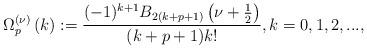
LaTeX: \begin{align*}\Omega _{p}^{\left( \nu \right) }\left( k\right) :=\frac{(-1)^{k+1} B_{2(k+p+1)}\left(\nu+\frac{1}{2}\right)}{(k+p+1)k!} , k=0,1,2,...,\end{align*}